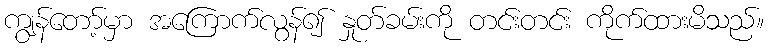
ကျွန်တော့်မှာ အကြောက်လွန်၍ နှုတ်ခမ်းကို တင်းတင်း ကိုက်ထားမိသည်။